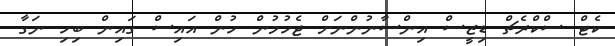
ކެޓް ސްކްރެޗް ޑިޒީސް އިންސާނުންނަށް ޖެހުމުން ހުން އައިސް ގައިން ބިހި ނަގާ